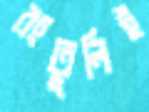
রংতুলিই